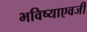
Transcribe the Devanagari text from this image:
भविष्याएवजी